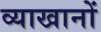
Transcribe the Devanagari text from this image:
व्याखानों